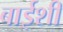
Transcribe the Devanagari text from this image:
बाईशी